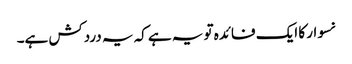
نسوار کا ایک فائدہ تو یہ ہے کہ یہ دردکش ہے۔